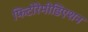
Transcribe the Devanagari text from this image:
फिटोरेमीडिएशन